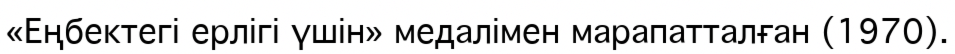
«Еңбектегі ерлігі үшін» медалімен марапатталған (1970).